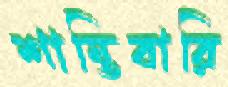
শান্তিবারি